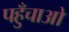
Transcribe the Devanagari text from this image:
पहुँचाओ